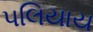
પલિયાય